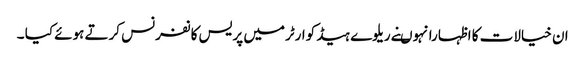
ان خیالات کا اظہارانہوںنے ریلوے ہیڈ کوارٹرمیں پریس کانفرنس کرتے ہوئے کیا ۔